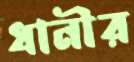
ধানীর